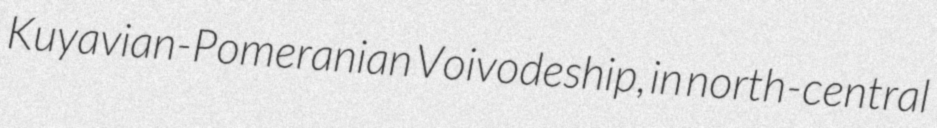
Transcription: Kuyavian-Pomeranian Voivodeship, in north-central